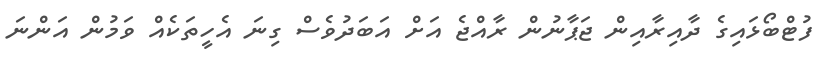
ފުޓްބޯޅައިގެ ދާއިރާއިން ޖަޕާނުން ރާއްޖެ އަށް އަބަދުވެސް ގިނަ އެހީތަކެއް ވަމުން އަންނަ